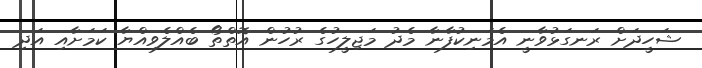
ޝަހީދަށް ރަނގަޅުވާނީ އެމަނިކުފާނާ މެދު މަޖިލީހުގެ ރުހުން އޮތްތޯ ބެއްލެވިއްޔާ ކަމަށާއި އަދި